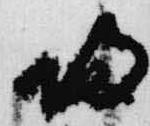
帰